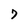
Character: 7